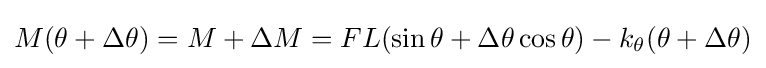
M(\theta +\Delta \theta )=M+\Delta M=FL(\sin \theta +\Delta \theta \cos \theta )-k_{\theta }(\theta +\Delta \theta )